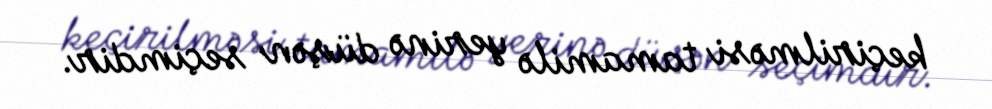
keçirilməsi tamamilə yerinə düşən seçimdir.